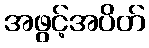
အဖွင့်အပိတ်